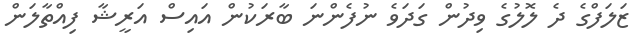
ޒަލަފްގެ ދެ ލޮލުގެ ވިދުން ގަދަވެ ނުފެންނަ ބާރަކުން އައިސް އަރީޝާ ފިއްތާލަން